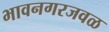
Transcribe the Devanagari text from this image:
भावनगरजवळ